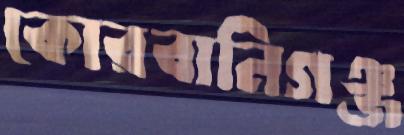
কোরবানিগঞ্জ